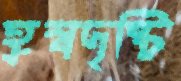
হ্রস্বদৃষ্টি